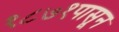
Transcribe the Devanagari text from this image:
१८७१पासून